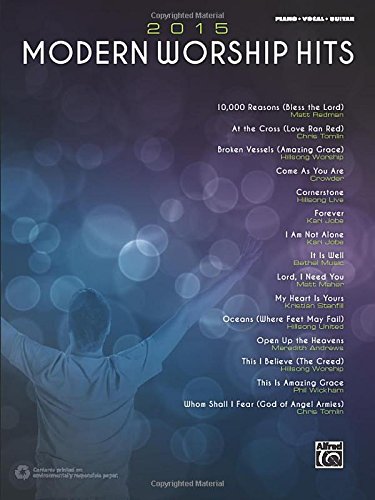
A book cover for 2015 Modern Worship Hits: Piano/Vocal/Guitar; Alfred Music; Christian Books & Bibles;